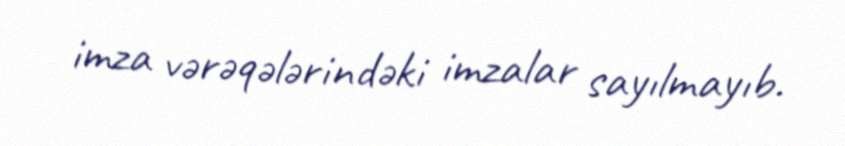
imza vərəqələrindəki imzalar sayılmayıb.